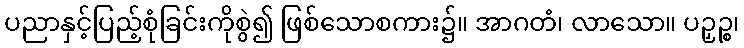
ပညာနှင့်ပြည့်စုံခြင်းကိုစွဲ၍ ဖြစ်သောစကား၌။ အာဂတံ၊ လာသော။ ပဉှဉ္စ၊